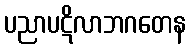
ပညာပဋိလာဘဂတေန